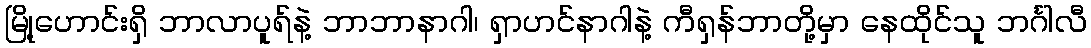
မြို့ဟောင်းရှိ ဘာလာပူရ်နဲ့ ဘာဘာနာဂါ၊ ရှာဟင်နာဂါနဲ့ ကီရှန်ဘာတို့မှာ နေထိုင်သူ ဘင်္ဂါလီ